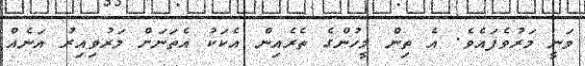
ވަނީ މަރުވެފައެވެ. އެ ތިން މީހުންގެ ތެރެއިން އެކަކު އެތަނަށް މަރުވިއިރު އަނެއް